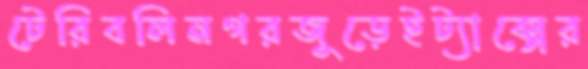
টেরিবলিনগরজুড়েইট্যাক্সের